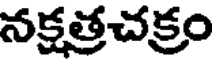
నక్షత్రచక్రం